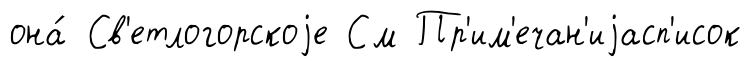
она́ Св'етлогорскоjе См Пр'им'ечан'иjасп'исок